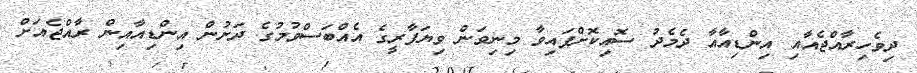
ދިވެހިރާއްޖެއާއި އިންޑިއާއާ ދެމެދު ސޮއިކޮށްފައިވާ މިނިވަން ވިޔަފާރީގެ އެއްބަސްވުމުގެ ދަށުން އިންޑިއާއިން ރާއްޖެއަށް